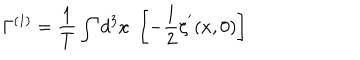
\Gamma ^ { ( 1 ) } = { \frac { 1 } { T } } \int d ^ { 3 } x \, \, \left[ - { \frac { 1 } { 2 } } \zeta ^ { ^ { \prime } } ( x , 0 ) \right]